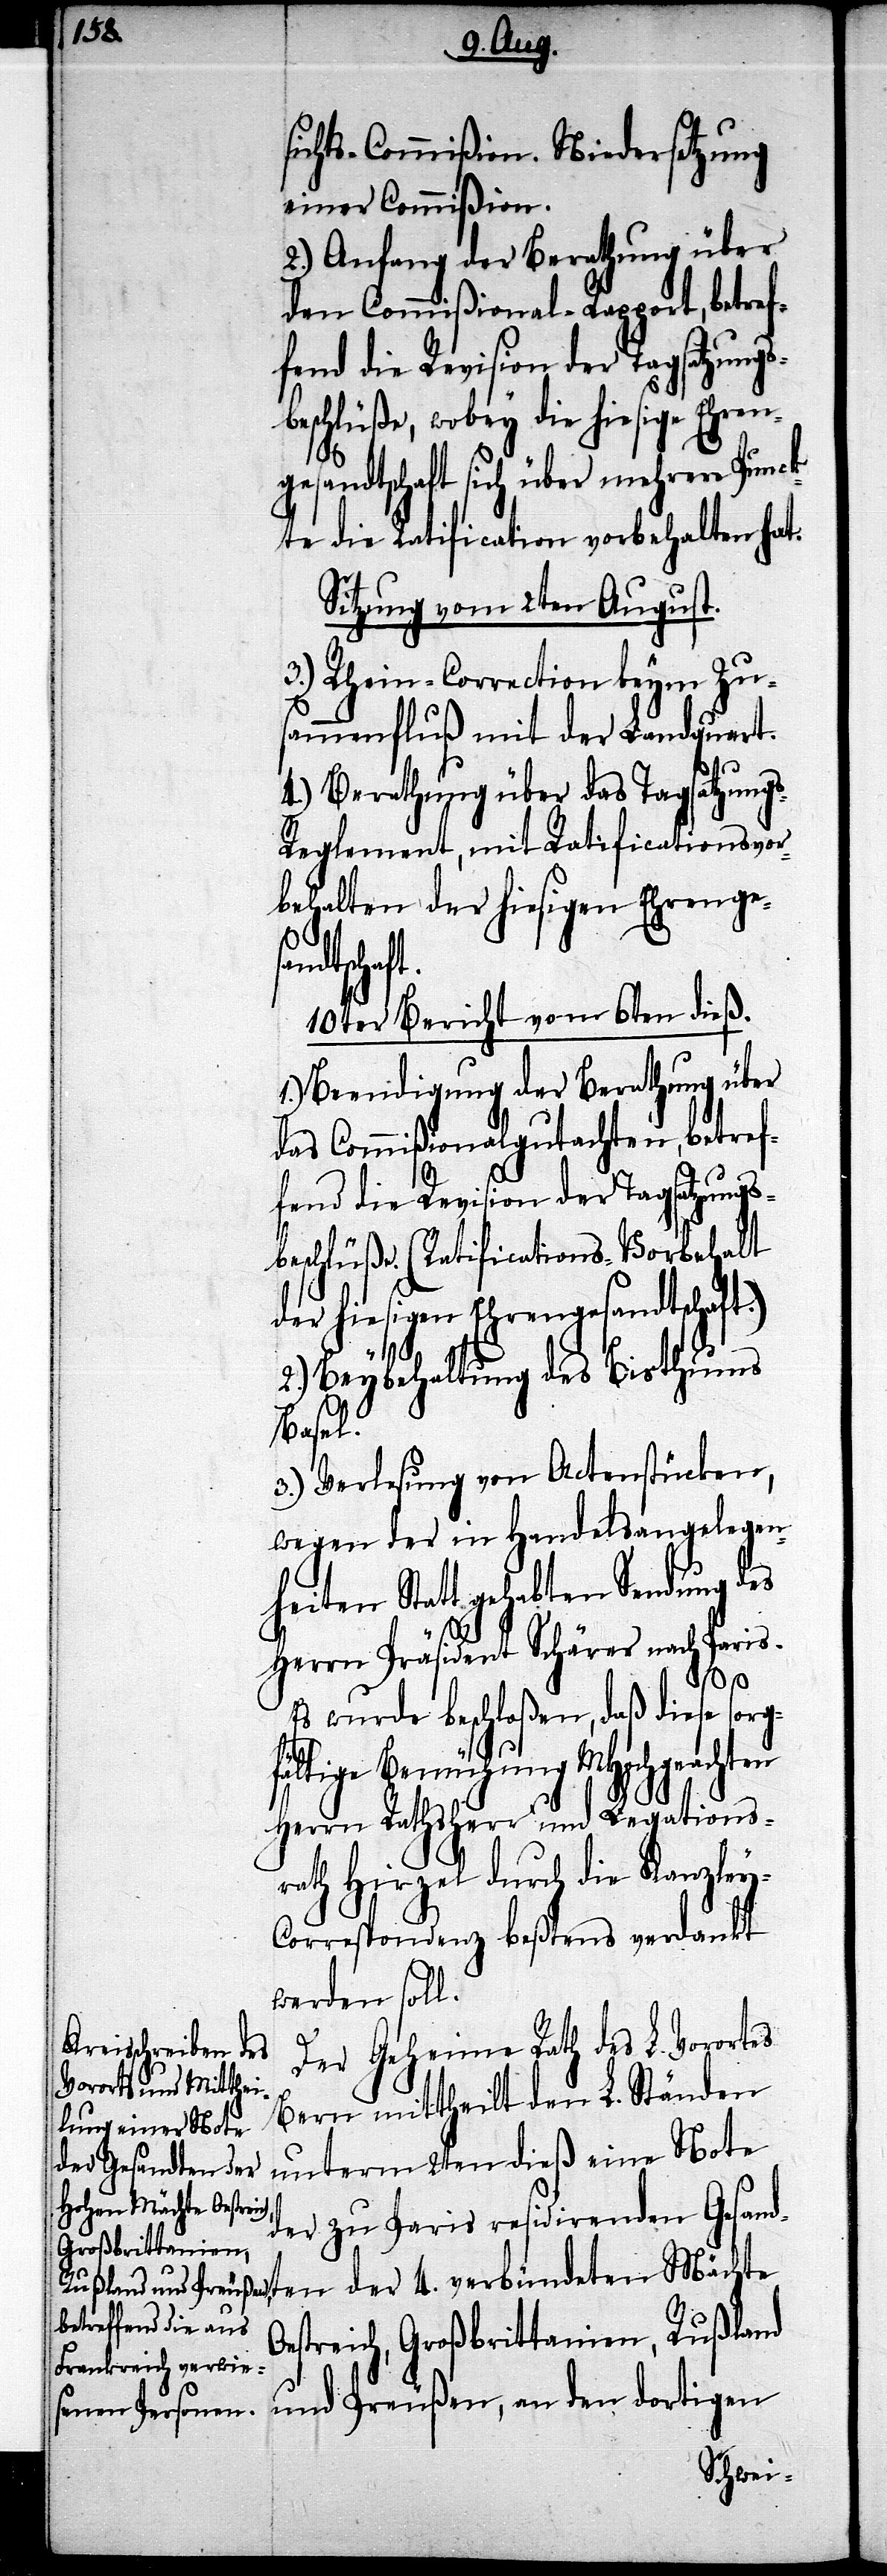
sichts-Commißion. Niedersetzung
einer Commißion.
2.) Anfang der Berathung über
den Commißional-Rapport, betref¬
fend die Revision der Tagsatzungs¬
beschlüße, wobey die hiesige Ehren¬
gesandtschaft sich über mehrere Punck¬
te die Ratification vorbehalten hat.
Sitzung vom 2ten August.
3.) Rhein-Correction beym Zu¬
sammenfluß mit der Landquart.
4.) Berathung über das Tagsatzung¬
s-Reglement, mit Ratificationsvor¬
behalten der hiesigen Ehrengesa¬
ndtschaft.
10ter Bericht vom 6ten dieß.
1.) Beendigung der Berathung über
das Commißionalgutachten, betref¬
fend die Revision der Tagsatzungs¬
beschlüße. (Ratifications-Vorbehalt
der hiesigen Ehrengesandtschaft.)
2.) Beybehaltung des Bisthums
Basel.
3.) Verlesung von Actenstücken,
wegen der in Handelsangelegen¬
heiten Statt gehabten Sendung des
Herrn Präsident Schärer und Paris.
O¬
Es wurde beschloßen, daß diese sorg¬
fältige Bemühung MHochgeachten
Herrn Rathsherr und Legations¬
rath Hirzel durch die Kanzley-C¬
orrespondenz beßtens verdankt
werden soll.
Der Geheime Rath des L. Vorortes
Bern mittheilt den L. Ständen
unterm 2ten dieß eine Note
der zu Paris residirenden Gesandt¬
en der 4. verbündeten Mächte
estreich, Großbrittanien, Rußland
und Preußen, an den dortigen